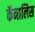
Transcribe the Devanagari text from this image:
कॅनालिस